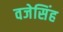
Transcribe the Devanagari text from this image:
वजेसिंह